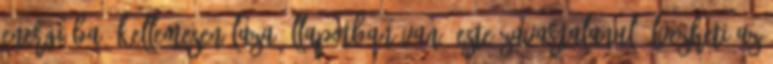
energiába. Kellemesen laza állapotban van. Este zavartalanul élvezheti az